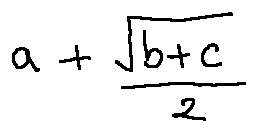
a + \frac { \sqrt { b + c } } { 2 }